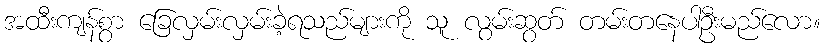
အထီးကျန်စွာ ခြေလှမ်းလှမ်းခဲ့ရသည်များကို သူ လွမ်းဆွတ် တမ်းတနေပါဦးမည်လော။